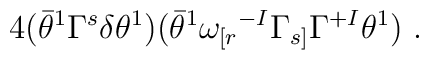
4 (\bar{\theta}^1 \Gamma^s \delta \theta^1)(\bar{\theta}^1 \omega_{[r}{}^{-I} \Gamma_{s]}   \Gamma^{+I} \theta^1) ~.